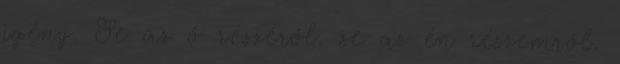
igény. Se az ő részéről, se az én részemről.